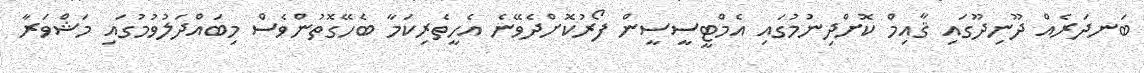
ބަނދަރެއް ދޫނިދޫގައި ޤާއިމް ކޮށްދިނުމުގައި އެމްޓީސީސީން ފޯރުކޮށްދެވޭނެ އެހީތެރިކަމާ ބެހޭގޮތުންވެސް މިބައްދަލުވުމުގައި މަޝްވަރާ